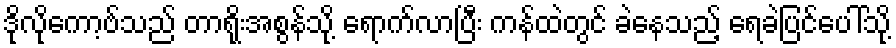
ဒိုလိုကော့ဗ်သည် တာရိုးအစွန်သို့ ရောက်လာပြီး ကန်ထဲတွင် ခဲနေသည့် ရေခဲပြင်ပေါ်သို့